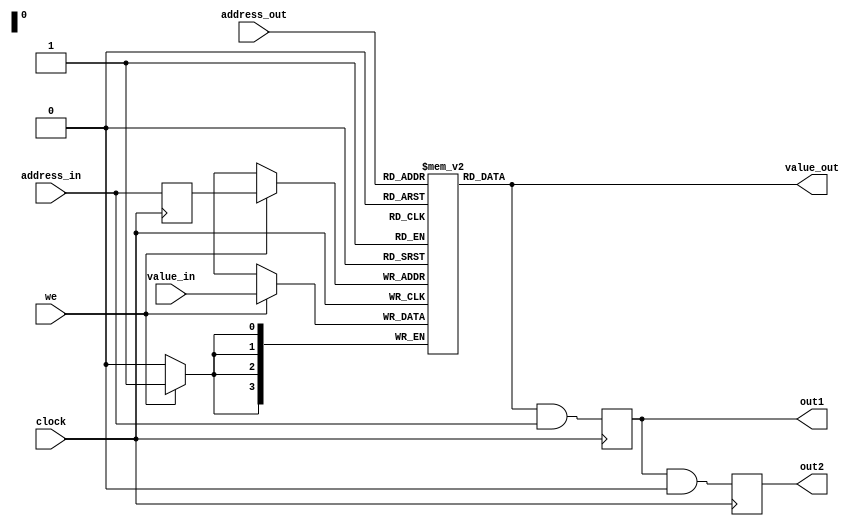
// This program was cloned from: https://github.com/haojunliu/OpenFPGA
// License: BSD 2-Clause "Simplified" License

// DEFINES
`define BITS 4
`define MEMORY_WORDS 16

module 	bm_base_memory(clock, 
		we, 
		address_in,
		address_out,
		value_out,
		out1,
		out2,
		value_in
		);

// SIGNAL DECLARATIONS
input	clock;
input 	we;
input 	[`BITS-1:0]value_in;
input 	[`BITS-1:0]address_in;
input 	[`BITS-1:0]address_out;

output [`BITS-1:0] value_out;
wire [`BITS-1:0]   value_out;
output [`BITS-1:0] out1;
output [`BITS-1:0] out2;
reg [`BITS-1:0]    out1;
reg [`BITS-1:0]    out2;

reg [`BITS-1:0] address;
reg [`BITS-1:0] memory [`MEMORY_WORDS-1:0]; // 4 memory slots of Bits wide
wire [`BITS-1:0] temp;

always @(posedge clock)
begin
	address <= address_in;
	if (we == 1'b1)
		memory[address] <= value_in;
end

assign value_out = memory[address_out];

always @(posedge clock)
begin
	out1 <= value_out & address_in;
	out2 <= out1 & 1'b0;
end

endmodule